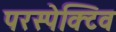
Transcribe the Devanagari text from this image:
परस्पेक्टिव